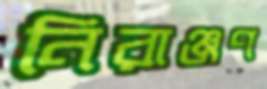
নিরাঞ্জণ